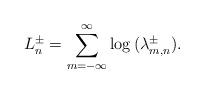
LaTeX: \begin{align*}L^\pm_n = \sum_{m=-\infty}^\infty \log \,(\lambda^\pm_{m,n}). \end{align*}